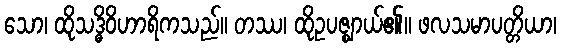
သော၊ ထိုသဒ္ဓိဝိဟာရိကသည်။ တဿ၊ ထိုဥပဇ္ဈာယ်၏။ ဖလသမာပတ္တိယာ၊